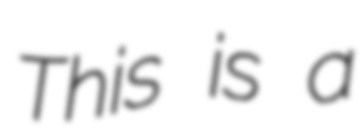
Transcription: This is a